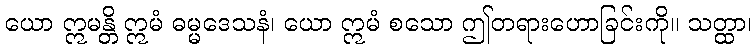
ယော ဣမန္တိ ဣမံ ဓမ္မဒေသနံ၊ ယော ဣမံ စသော ဤတရားဟောခြင်းကို။ သတ္ထာ၊